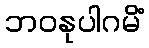
ဘဝနုပါဂမိံ